Report on horse surra - Volume II, Part II
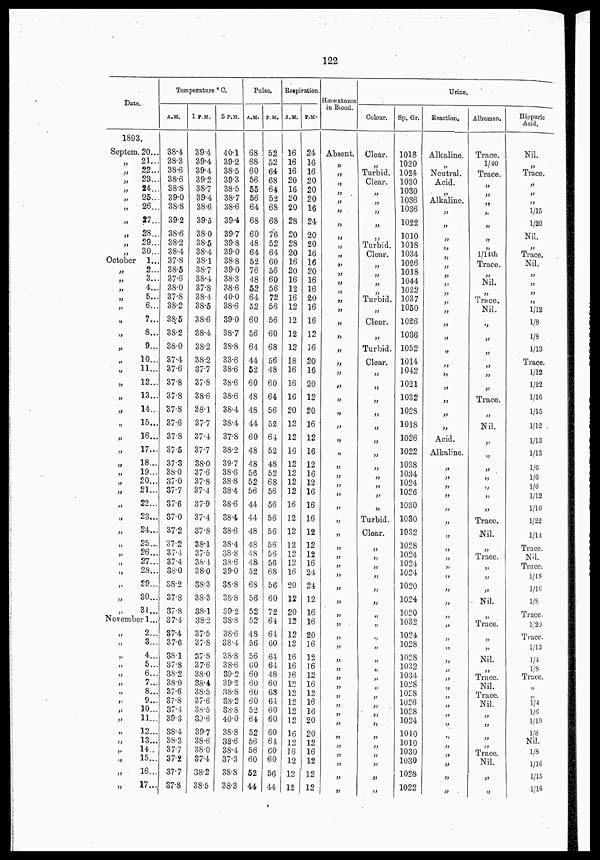
122
Date.
1893.
Septem.
„
„
„
„
„
„
„
„
„
„
October
„
„
„
„
„
„
„
„
„
„
„
„
„
„
„
„
„
„
„
„
„
„
„
„
„
„
„
„
„
„
20...
21...
22...
23...
24...
25...
26...
27...
28...
29...
30...
1...
2...
3...
4...
5...
6...
7...
8...
9...
10...
11...
12...
13...
14...
15...
16...
17...
18...
19...
20...
21...
22...
23...
24...
25...
26...
27...
28...
29...
30...
31...
November 1...
„
„
„
„
„
„
„
„
„
„
„
„
„
„
„
„
2...
3..
4..
5..
6..
7..
8..
9..
10..
11..
12..
13..
14..
15..
16..
17..
Temperature °C.
A.M.
38.4
38.3
38.6
38.6
38.8
39.0
38.8
39.2
38.6
38.2
38.4
37.8
38.5
37.6
38.0
37.8
38.2
38.5
38.2
38.0
37.4
37.6
37.8
37.8
37.8
37.6
37.8
37.5
37.3
38.0
37.0
37.7
37.6
37.0
37.2
37.2
37.4
37.4
38.0
38.2
37.8
37.8
37.4
37.4
37.6
38.1
37.8
38.2
38.0
37.6
37.8
37.4
39.3
38.4
38.3
37.7
37.2
37.7
37.8
1 P.M.
39.4
39.4
39.4
39.2
38.7
39.4
38.6
39.5
38.0
38.5
38.4
38.1
38.7
38.4
37.8
38.4
38.5
38.6
38.4
38.2
38.2
37.7
37.8
38.6
38.1
37.7
37.4
37.7
38.0
37.6
37.8
37.4
37.9
37.4
37.8
38.1
37.5
38.4
38.0
38.3
38.3
38.1
38.2
37.5
37.8
37.8
37.6
38.0
38.4
38.5
37.6
38.5
39.6
39.7
38.6
38.0
37.4
38.2
38.5
5 P.M.
40.1
39.2
38.5
39.3
38.5
38.7
38.6
39.4
39.7
39.8
39.0
38.8
39.0
38.3
38.6
40.0
38.6
39.0
38.7
38.8
33.6
38.6
38.6
38.6
38.4
38.4
37.8
38.2
39.7
38.6
38.8
38.4
38.6
38.4
38.6
38.4
38.8
38.6
39.0
38.8
38.8
39.2
38.8
38.6
38.4
38.8
38.6
39.2
39.2
38.8
38.2
38.8
40.0
38.8
38.6
38.4
37.3
38.8
38.3
Pulse.
A.M.
68
68
60
56
55
56
64
68
60
48
64
52
76
48
52
64
52
60
56
64
44
52
60
48
48
44
60
48
48
56
52
56
44
44
48
48
48
48
52
68
56
52
52
48
56
56
60
60
60
60
60
52
64
52
56
56
60
52
44
P.M.
52
52
64
68
64
52
68
68
76
52
64
60
56
60
56
72
56
56
60
68
56
48
60
64
56
52
64
52
48
52
68
56
56
56
56
56
56
56
68
56
60
72
64
64
60
64
64
48
60
68
64
60
60
60
64
60
60
56
44
Respiration.
A.M.
16
16
16
20
16
20
20
28
20
28
20
16
20
16
12
16
12
12
12
12
18
16
16
16
20
12
12
16
12
12
12
12
16
12
12
12
12
12
16
20
12
20
12
12
12
16
16
16
12
12
12
12
12
16
12
16
12
12
12
P.M.
24
16
16
20
20
20
16
24
20
20
16
16
20
16
16
20
16
16
12
16
20
16
20
12
20
16
12
16
12
16
12
16
16
16
12
12
12
16
24
24
12
16
16
20
16
12
16
12
16
12
16
16
20
20
12
16
12
12
12
Hæmatozoa
in Blood.
Absent.
„
„
„
„
„
„
„
„
„
„
„
„
„
„
„
„
„
„
„
„
„
„
„
„
„
„
„
„
„
„
„
„
„
„
„
„
„
„
„
„
„
„
„
„
„
„
„
„
„
„
„
„
„
„
„
„
Colour.
Clear.
„
Turbid.
Clear.
„
„
„
„
„
Turbid.
Clear.
„
„
„
Turbid.
„
Clear.
„
Turbid.
Clear.
„
„
„
„
„
„
„
„
„
„
„
„
Turbid.
Clear.
„
„
„
„
„
„
„
„
„
„
„
„
„
„
„
„
„
„
„
„
„
„
„
Sp. Gr .
1018
1020
1024
1030
1030
1036
1036
1022
1010
1018
1034
1026
1018
1044
1022
1037
1050
1026
1036
1052
1014
1042
1021
1032
1028
1018
1026
1022
1038
1034
1024
1026
1030
1030
1932
1028
1024
1024
1024
1020
1024
1020
1032
1024
1028
1028
1032
1034
1028
1028
1026
1028
1024
1040
1010
1030
1030
1028
1022
Urine.
Reaction.
Alkaline.
„
Neutral.
Acid.
„
Alkaline.
„
„
„
„
„
„
„
„
„
„
„
„
„
„
„
„
,
„
„
„
Acid.
Alkaline.
„
„
„
„
„
„
„
„
„
„
„
„
„
„
„
„
„
„
„
„
„
„
„
„
„
„
„
„
„
„
„
Albumen.
Trace.
1/40
Trace.
„
„
„
„
„
„
„
1/14th
Trace.
„
Nil.
„
Trace.
Nil.
„
„
„
„
„
„
Trace.
„
Nil.
„
„
„
„
„
„
Trace.
Nil.
„
Trace.
„
„
„
Nil.
Trace.
„
„
Nil.
„
Trace.
Nil.
Trace.
Nil.
„
„
„
„
Trace.
Nil.
„
„
Hippuric
Acid.
Nil.
„
Trace.
„
„
„
1/15
1/20
Nil.
„
Trace.
Nil.
„
„
„
„
1/12
⅛
⅛
1/13
Trace.
1/12
1/22
1/16
1/15
1/12
1/13
1/13
1/6
1/6
1/6
1/12
1/16
1/22
1/14
Trace.
Nil.
Trace.
1/18
1/16
⅛
Trace.
1/20
Trace.
1/13
¼
⅛
Trace.
„
„
¼
1/6
1/10
⅛
Nil.
⅛
1/16
1/15
1/16